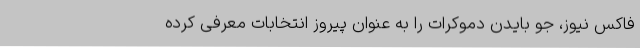
فاکس نیوز، جو بایدن دموکرات را به عنوان پیروز انتخابات معرفی کرده